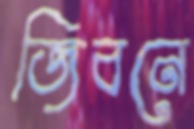
জিবনে